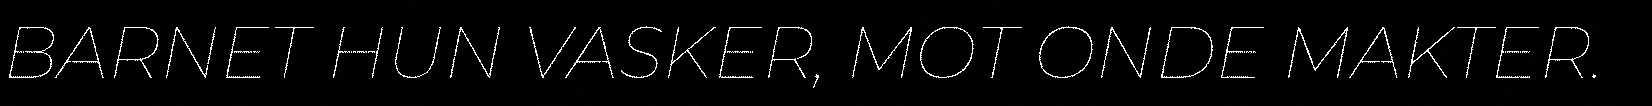
BARNET HUN VASKER, MOT ONDE MAKTER.